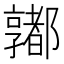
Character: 𨟞